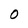
Character: 0